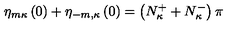
\eta _ { m \kappa } \left( 0 \right) + \eta _ { - m , \kappa } \left( 0 \right) = \left( N _ { \kappa } ^ { + } + N _ { \kappa } ^ { - } \right) \pi